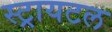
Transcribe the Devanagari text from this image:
स्ट्रायटल